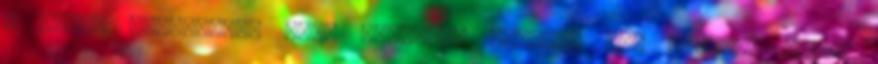
A helyi társadalom nagy részében létezik egy részben közös